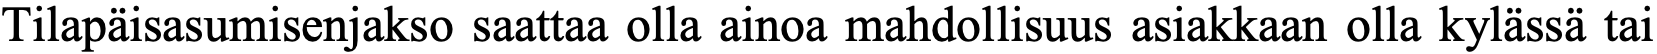
Tilapäisasumisenjakso saattaa olla ainoa mahdollisuus asiakkaan olla kylässä tai